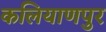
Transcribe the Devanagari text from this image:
कलियाणपुर